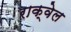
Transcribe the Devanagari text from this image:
राक्वेल